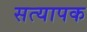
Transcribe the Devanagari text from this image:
सत्यापक